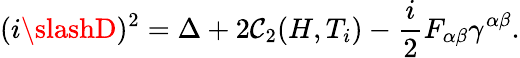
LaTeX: (i\slashD)^{2}=\Delta+2\mathcal{C}_{2}(H,T_{i})-{\frac{{i}}{{2}}}F_{\alpha\beta}\gamma^{\alpha\beta}.